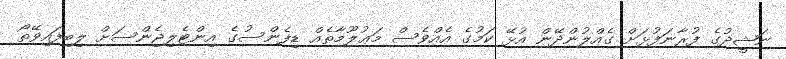
ނަޝީދުގެ ފުރާނަފުޅަށް ގެއްލުންދޭން އުޅޭ ކަމުގެ އެއްވެސް މަޢުލޫމާތެއް ޑިފެންސުގެ އިންޓެލިޖެންސަށް ލިބިފައިވޭތޯ